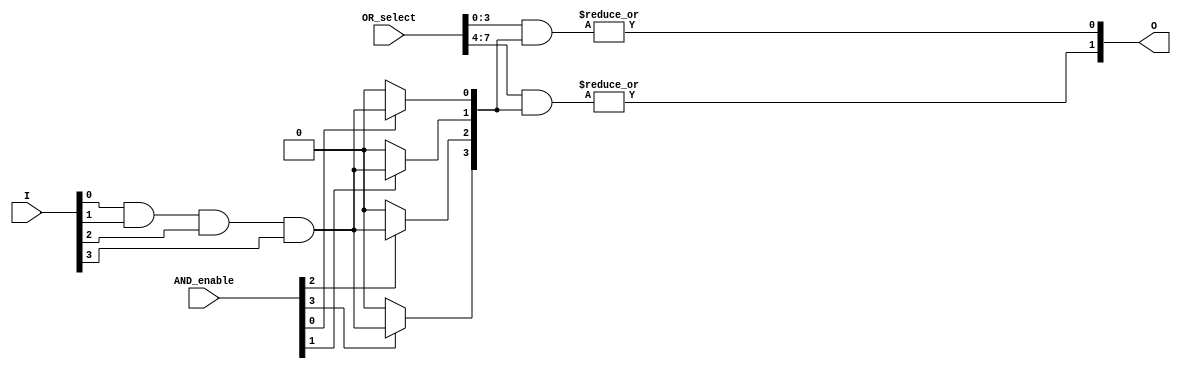
module PLA #(
    parameter n = 4, // Number of inputs
    parameter p = 4, // Number of AND gates (product terms)
    parameter m = 2  // Number of outputs
)(
    input  wire [n-1:0] I, // Input lines
    input  wire [p-1:0] AND_enable, // Enable signals for AND gates
    input  wire [p*m-1:0] OR_select, // Select lines for OR gates
    output wire [m-1:0] O // Output lines
);

// Internal signals for AND gate outputs
wire [p-1:0] AND_out;

// Generate AND gates
genvar i, j;
generate
    for (i = 0; i < p; i = i + 1) begin : and_gates
        assign AND_out[i] = AND_enable[i] ? (I[0] & I[1] & I[2] & I[3]) : 1'b0; // Example: AND of all inputs
    end
endgenerate

// Generate OR gates
generate
    for (j = 0; j < m; j = j + 1) begin : or_gates
        wire [p-1:0] selected_ANDs;
        assign selected_ANDs = OR_select[j*p +: p]; // Select p AND outputs for each OR gate
        assign O[j] = |(selected_ANDs & AND_out); // OR operation on selected AND outputs
    end
endgenerate

endmodule